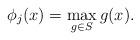
LaTeX: \begin{align*}\phi_j(x) = \max_{g\in S}g(x) .\end{align*}